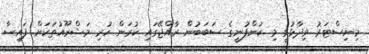
މިނިސްޓަރު ވިދާޅުވީ މި ކުންފުނީގެ ސަބަބުން ރާއްޖޭގައި ކުރަން ހުރި މަޝްރޫއުތަކަށް ފައިސާ